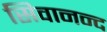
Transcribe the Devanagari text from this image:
सिवानन्द